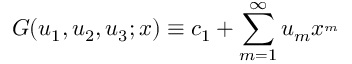
G ( u _ { 1 } , u _ { 2 } , u _ { 3 } ; x ) \equiv c _ { 1 } + \sum _ { m = 1 } ^ { \infty } u _ { m } x ^ { _ { m } }